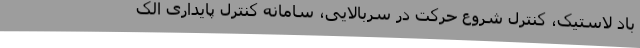
باد لاستیک، کنترل شروع حرکت در سربالایی، سامانه کنترل پایداری الک